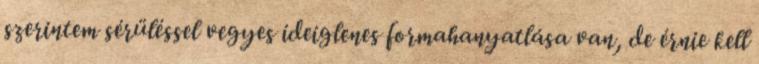
szerintem sérüléssel vegyes ideiglenes formahanyatlása van, de érnie kell